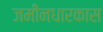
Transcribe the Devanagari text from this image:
जमीनधारकास